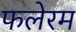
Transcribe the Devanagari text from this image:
फलेरम